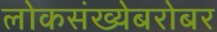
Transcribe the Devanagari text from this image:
लोकसंख्येबरोबर